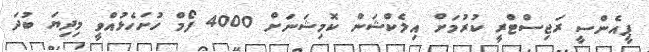
ޕީއެންސީ ރަޖިސްޓްރީ ކުރުމަށް އިލެކްޝަން ކޮމިޝަނަށް 4000 ފޯމް ހުށަހެޅުއްވީ މިދިޔަ ބުދަ